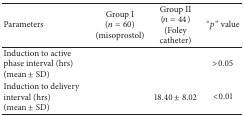
<table><thead><tr><td><b>Parameters</b></td><td><b>Group I (<i>n</i> = 60)(misoprostol)</b></td><td><b>Group II (<i>n</i> = 44)(Foley catheter)</b></td><td><b>“<i>p</i>” value</b></td></tr></thead><tbody><tr><td>Induction to active phase interval (hrs)(mean ± SD)</td><td>[EMPTY_CELL]</td><td>[EMPTY_CELL]</td><td>&gt;0.05</td></tr><tr><td>Induction to delivery interval (hrs) (mean ± SD)</td><td>[EMPTY_CELL]</td><td>18.40 ± 8.02</td><td>&lt;0.01</td></tr></tbody></table>